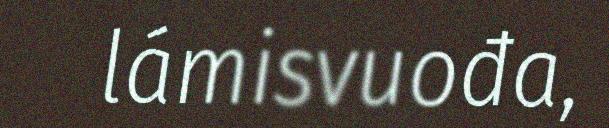
lámisvuođa,